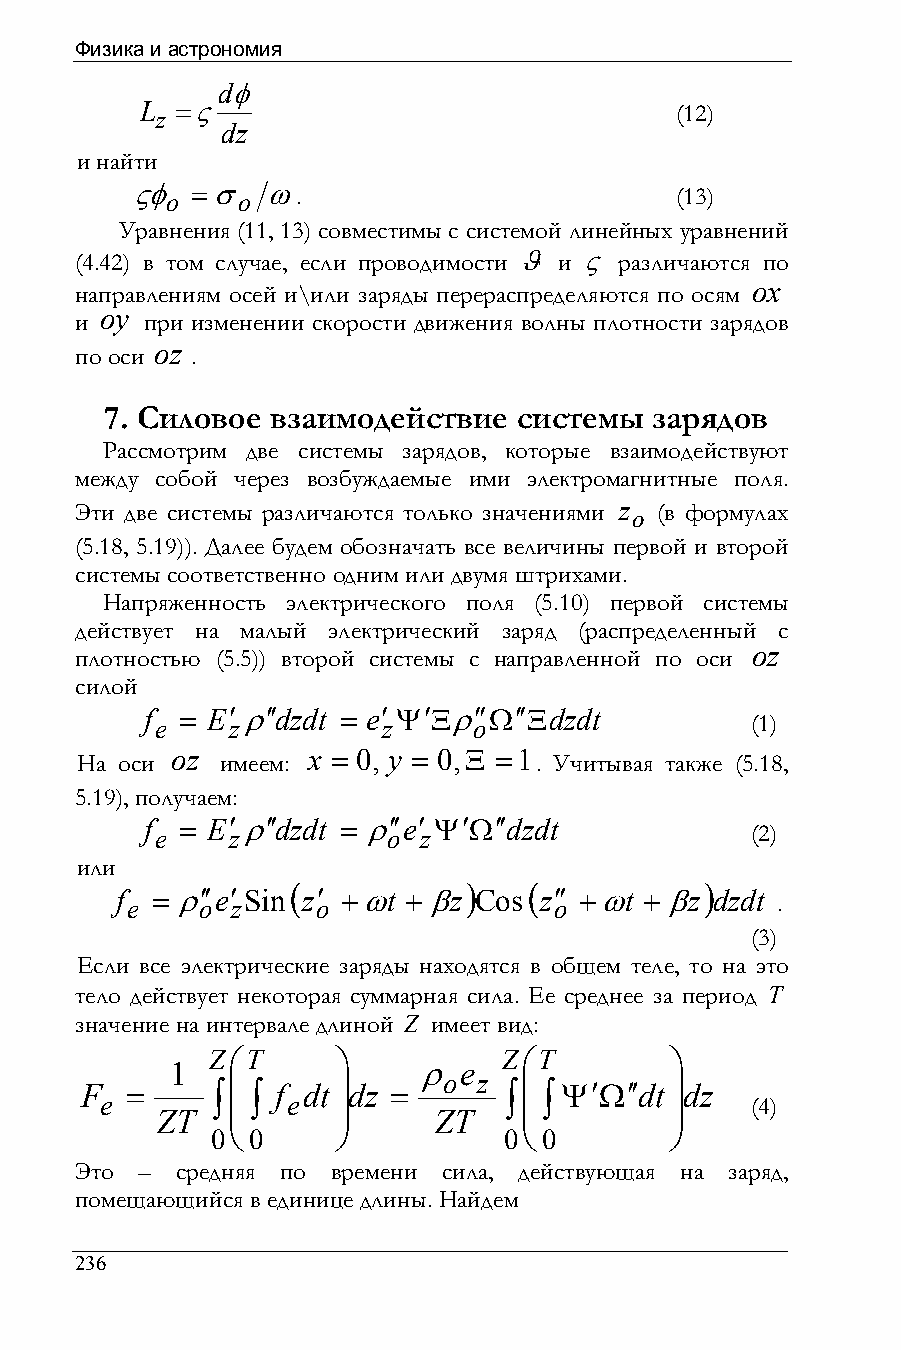
Физика и астрономия
 dφ
 L z =ς                              (12)
 dz
 и найти
 ςφ o =σ o ω.                        (13)
 Уравнения (11, 13) совместимы с системой линейных уравнений
 (4.42) в том случае, если проводимости ϑ и ς различаются по
 ox
 направлениям осей и\или заряды перераспределяются по осям
 oy
 и    при изменении скорости движения волны плотности зарядов
 oz
 по оси  .
 7. Силовое взаимодействие  системы  зарядов
 Рассмотрим две системы зарядов, которые взаимодействуют
 между собой через возбуждаемые ими электромагнитные поля.
 Эти две системы различаются только значениями z o (в формулах
 (5.18, 5.19)). Далее будем обозначать все величины первой и второй
 системы соответственно одним или двумя штрихами.
 Напряженность электрического поля (5.10) первой системы
 действует на малый электрический заряд (распределенный с
 oz
 плотностью (5.5)) второй системы с направленной по оси
 силой
 f = E′ρ′′dzdt = e′ Ψ′Ξρ′′Ω′′Ξdzdt
 e    z         z     o                  (1)
 oz       x = 0, y = 0,Ξ =1
 На оси    имеем:              . Учитывая также (5.18,
 5.19), получаем:
 f = E′ρ′′dzdt = ρ′′e′ Ψ′Ω′′dzdt
 e    z          o z                     (2)
 или
 f = ρ′′e′ Sin( z′ +ωt + βz) Cos( z′′ +ωt + βz) dzdt
 e    o z     o               o             .
 (3)
 Если все электрические заряды находятся в общем теле, то на это
 тело действует некоторая суммарная сила. Ее среднее за период T
 значение на интервале длиной Z имеет вид:
 Z⎛T     ⎞          Z⎛T        ⎞
 1                ρ e
 ⎜      ⎟      o  z  ⎜        ⎟
 F  =     ∫  ∫ f dt dz =     ∫  ∫Ψ′Ω′′dt dz
 e  ZT   ⎜   e  ⎟      ZT    ⎜        ⎟     (4)
 0⎝ 0    ⎠          0⎝ 0       ⎠
 Это –  средняя по времени сила, действующая на заряд,
 помещающийся в единице длины. Найдем
 236